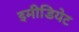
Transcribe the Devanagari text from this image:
इमीडियेट